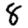
Digit: 8